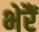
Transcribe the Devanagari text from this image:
भेरैं